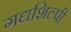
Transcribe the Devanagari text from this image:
गद्यशिल्पी